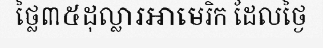
ថ្លៃ៣៥ដុល្លារអាមេរិក ដែលថ្ងៃ